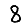
Digit: 8